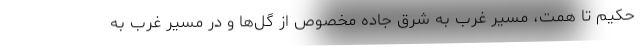
حکیم تا همت، مسیر غرب به شرق جاده مخصوص از گل‌ها و در مسیر غرب به